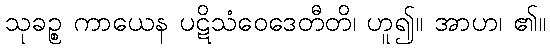
သုခဉ္စ ကာယေန ပဋိသံဝေဒေတီတိ၊ ဟူ၍။ အာဟ၊ ၏။